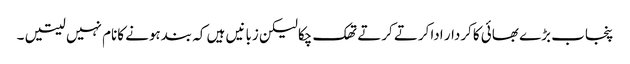
پنجاب بڑے بھائی کاکردار اداکرتے کرتے تھک چکالیکن زبانیں ہیں کہ بندہونے کانام نہیں لیتیں ۔